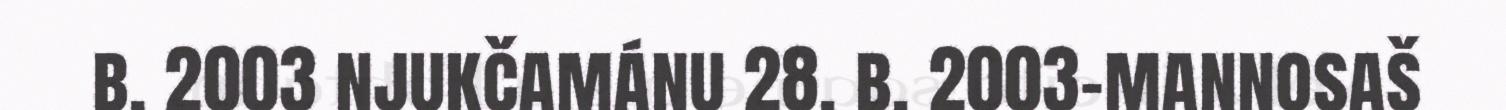
b. 2003 njukčamánu 28. b. 2003-mannosaš